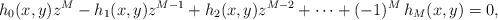
LaTeX: \begin{align*}h_0(x,y)z^M-h_1(x,y)z^{M-1}+h_2(x,y)z^{M-2}+\cdots+(-1)^M\,h_M(x,y) =0,\end{align*}